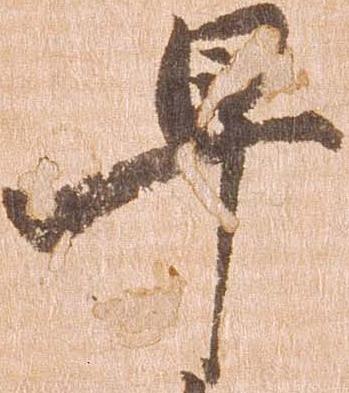
早